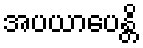
အပယာပေန္တိ